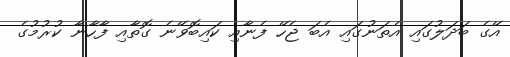
އޭގެ ބަދަލުގައި އެތަނުގައި އެބަ ޖެހޭ ފެނާއި ކައިބޮވޭނެ ގޮތާއި ފާހާނާ ކުރުމުގެ